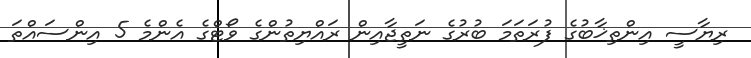
ރިޔާސީ އިންތިޚާބުގެ ފުރަތަމަ ބުރުގެ ނަތީޖާއިން ރައްޔިތުންގެ ވޯޓްގެ އެންމެ 5 އިންސައްތަ